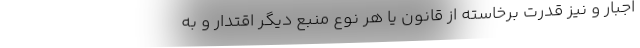
اجبار و نیز قدرت برخاسته از قانون یا هر نوع منبع دیگر اقتدار و به